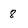
Character: 8